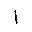
Letter: _alif